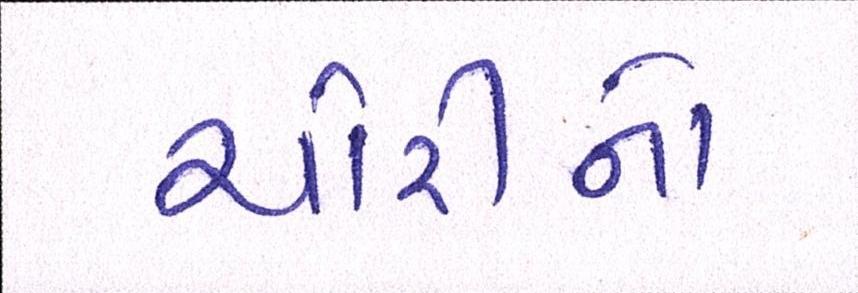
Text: ચોરીનો